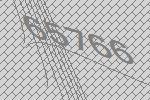
65766